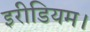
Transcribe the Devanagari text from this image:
इरीडियम।